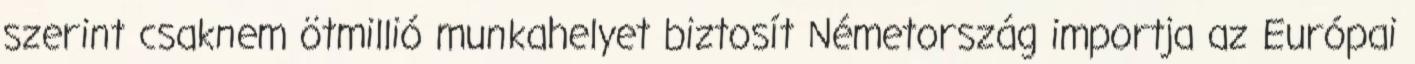
szerint csaknem ötmillió munkahelyet biztosít Németország importja az Európai